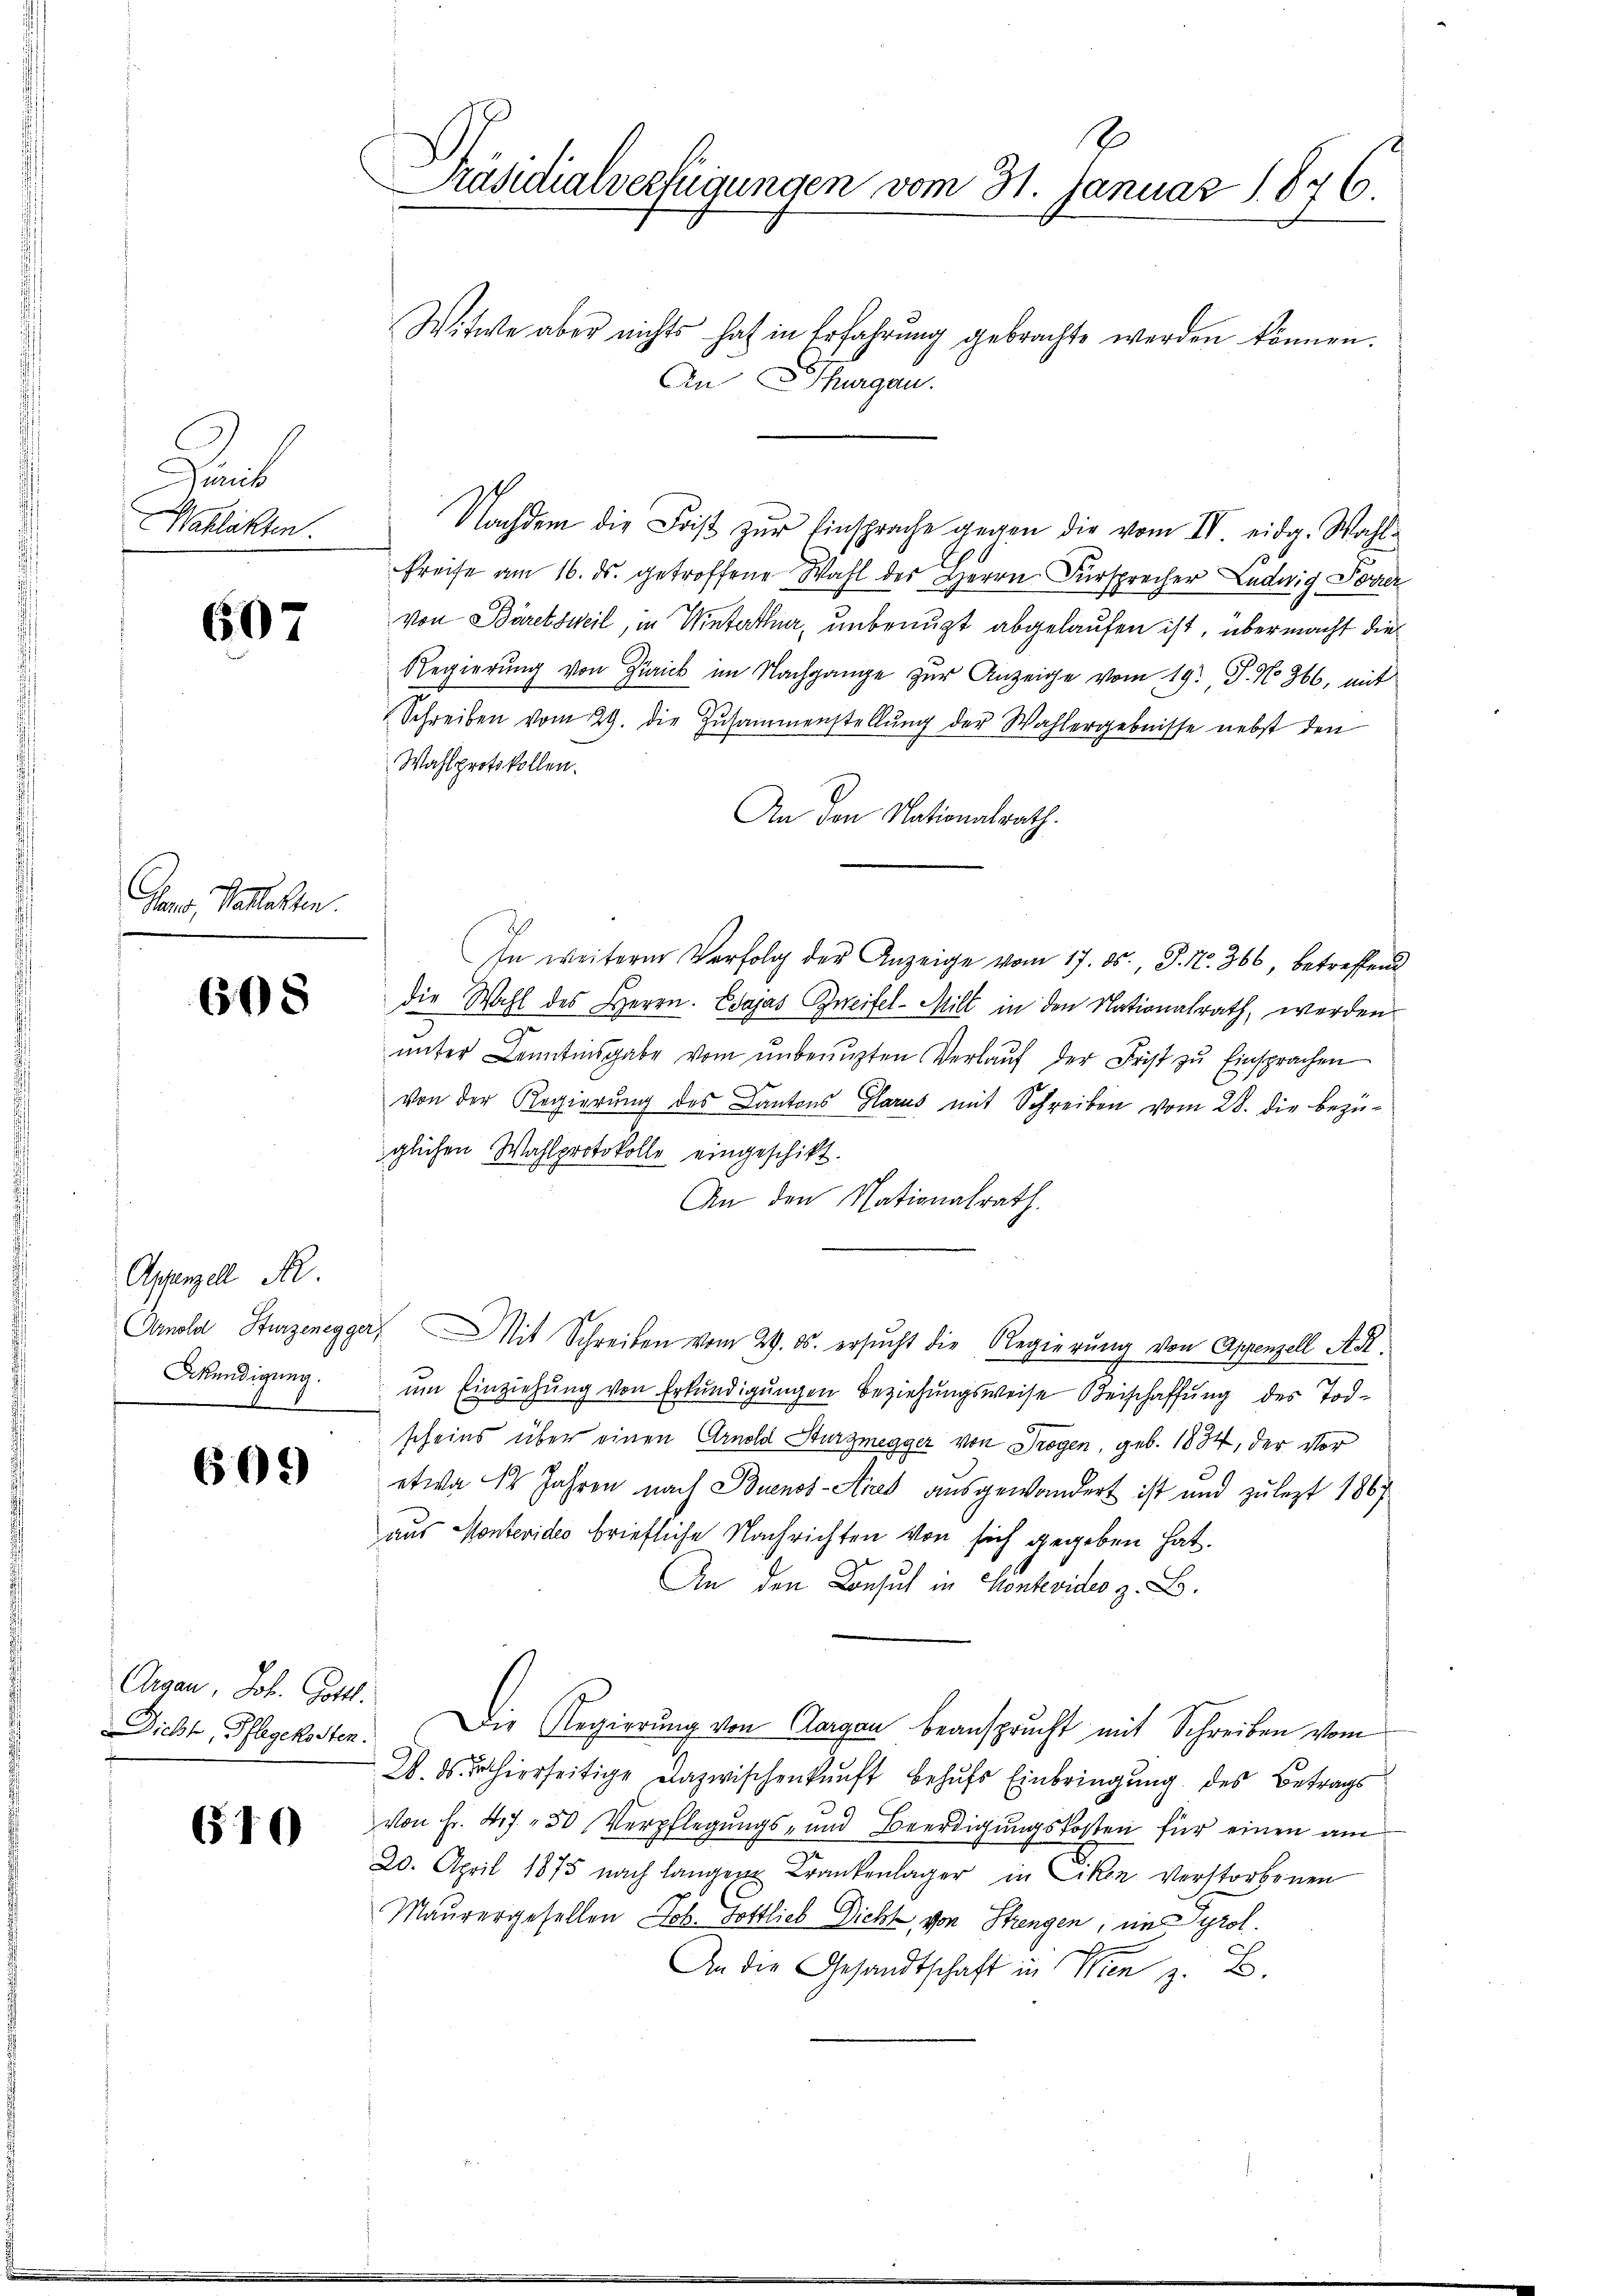
Durich
Mahlakten.

607

Jano, Vorlesen.

608

Astenzell A.
Bkündigung.
8

609

Argau, Joh. Gottl.
DDicht, Pflegekosten.

610

J.
Präsidialverfügungen vom 31. Januar 1876.
Witwe aber nichts hat in Erfahrung gebrachte werden können.
An Thurgau.

Nachdem die Frist zŭr Einsprache gegen die vom IV eidg. Wahl-
Preise am 16. ds. getroffene Wahl des Herrn Fürsprecher Ludwig For
von Bäretsweil, in Winterthur, unbenuzt abgelaufen ist, über macht die
Regierung von Zürick im Nachgange zur Anzeige vom 19t J. No 366, mit
Schreiben vom 29. die Zusammenstellŭng der Wahlergebnisse nebst den
Wahlprotokollen.
An den Nationalrath.
In weitere Verfolg der Anzeige vom 17. ds., J. No. 366, betreffend
die Wahl des Herrn. Esajas Zweifel-Milt in den Nationalrath, werden
ŭnter Kenntinsgabe vom ŭnbenuzten Verlaŭf der Frist zŭ Einsprachen
von der Regierung des Cantons Glarus mit Schreiben vom 28. die bezüglichen Wahlprotokolle eingeschikt.
An den Nationalrath.
Arnold Sturzenegger Mit Schreiben vom 29. ds. ersucht die Regierung von Appenzell A.
um Einziehung von Erkundigungen Beziehungsweise Beischaffung des Todscheins über einen Arnold Sturzmegger von Trogen, geb. 1834, der vor
etwa 12 Jahren nach Buenos-Ayres ausgewandert ist und zulezt 1867
aus Montevide briefliche Nachrichten von sich gegeben hat.
An den Konsul in Kontevider z. B.
Die Regierung von Aargau beansprucht mit Schreiben vom
2. ds. thierseitige Dazwischenkunft behufs Einbringung des Betrags
von Fr. 47. 50 Verpflegungs- und Beerdigungskosten für einen am
20. April 1875 nach langen Krankenlager in Ciken verstorbenen
Maurergesellen Lob. Gottlieb Dicht, von Strengen, uns grot.
An die Gesandtschaft in Wien z. B.